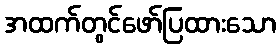
အထက်တွင်ဖော်ပြထားသော